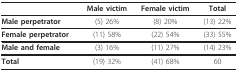
<table><thead><tr><td></td><td><b>Male victim</b></td><td><b>Female victim</b></td><td><b>Total</b></td></tr></thead><tbody><tr><td><b>Male perpetrator</b></td><td>(5) 26%</td><td>(8) 20%</td><td>(13) 22%</td></tr><tr><td><b>Female perpetrator</b></td><td>(11) 58%</td><td>(22) 54%</td><td>(33) 55%</td></tr><tr><td><b>Male and female</b></td><td>(3) 16%</td><td>(11) 27%</td><td>(14) 23%</td></tr><tr><td><b>Total</b></td><td>(19) 32%</td><td>(41) 68%</td><td>60</td></tr></tbody></table>